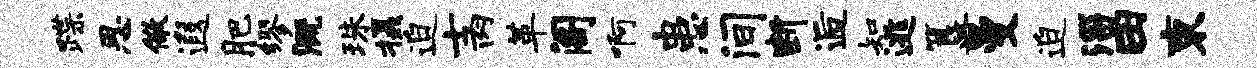
蹀思儆遐肥缪溉珠摄迫士肉革阁啊患间断逅知逃簋曼迫淄田束